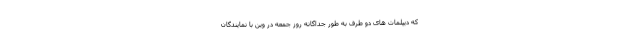
که دیپلمات های دو طرف به طور جداگانه روز جمعه در وین با نمایندگان